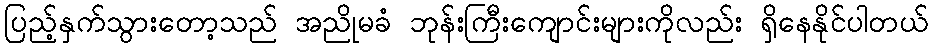
ပြည့်နှက်သွားတော့သည် အညိုမခံ ဘုန်းကြီးကျောင်းများကိုလည်း ရှိနေနိုင်ပါတယ်